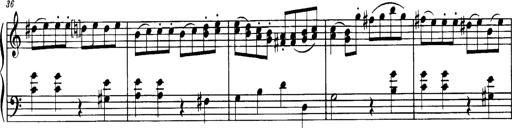
Title: Sonatine in C
Composer: Anton Eberl
Key: C major